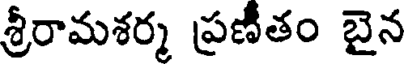
శ్రీరామశర్మ ప్రణీతం బైన